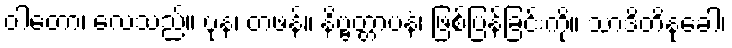
ဝါတော၊ လေသည်။ ပုန၊ တဖန်။ နိဗ္ဗတ္တာပနံ၊ ဖြစ်ပြန်ခြင်းကို။ သာဒိတိနုခေါ၊